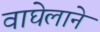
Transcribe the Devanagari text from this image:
वाघेलाने